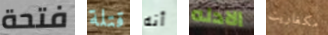
فتحة قتلة أنه الادله مكغاريت